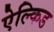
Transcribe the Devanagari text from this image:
ऐल्किड